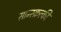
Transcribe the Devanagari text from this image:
सान्स्क्रत्की